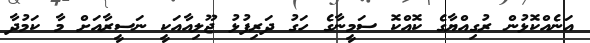
އަނެއްކޮޅުން ރުގިއްޔާގެ ކޮއްކޮ ސަމީނާގެ ހަގު ދަރިފުޅު ޖޫލިއާއަކީ ނަސީރާއަށް މާ ކަމުދާ